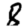
Digit: 8